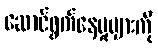
ဆောင်ရွက်နေမှုများကို